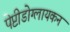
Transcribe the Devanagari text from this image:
पेप्टीडोग्लायकन